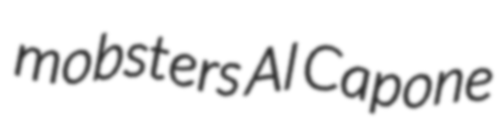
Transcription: mobsters Al Capone